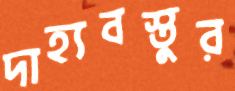
দাহ্যবস্তুর